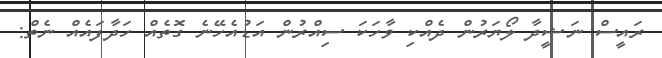
ރައީސް ނަޝީދާ ލޯޔަރުން ދެއްކި ވާހަކަ ސިއްރުން އަޑުއެހޭނެ ގޮތެއް ހަދާފައެއް ނެތް: